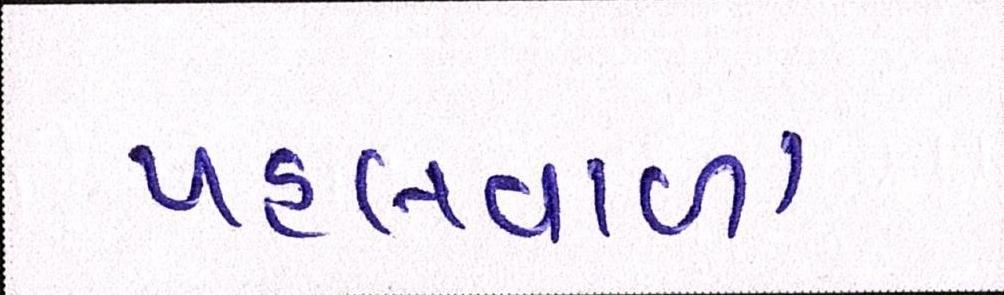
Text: પહલવાળા